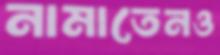
নামাতেনও